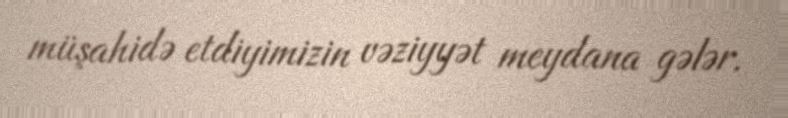
müşahidə etdiyimizin vəziyyət meydana gələr.